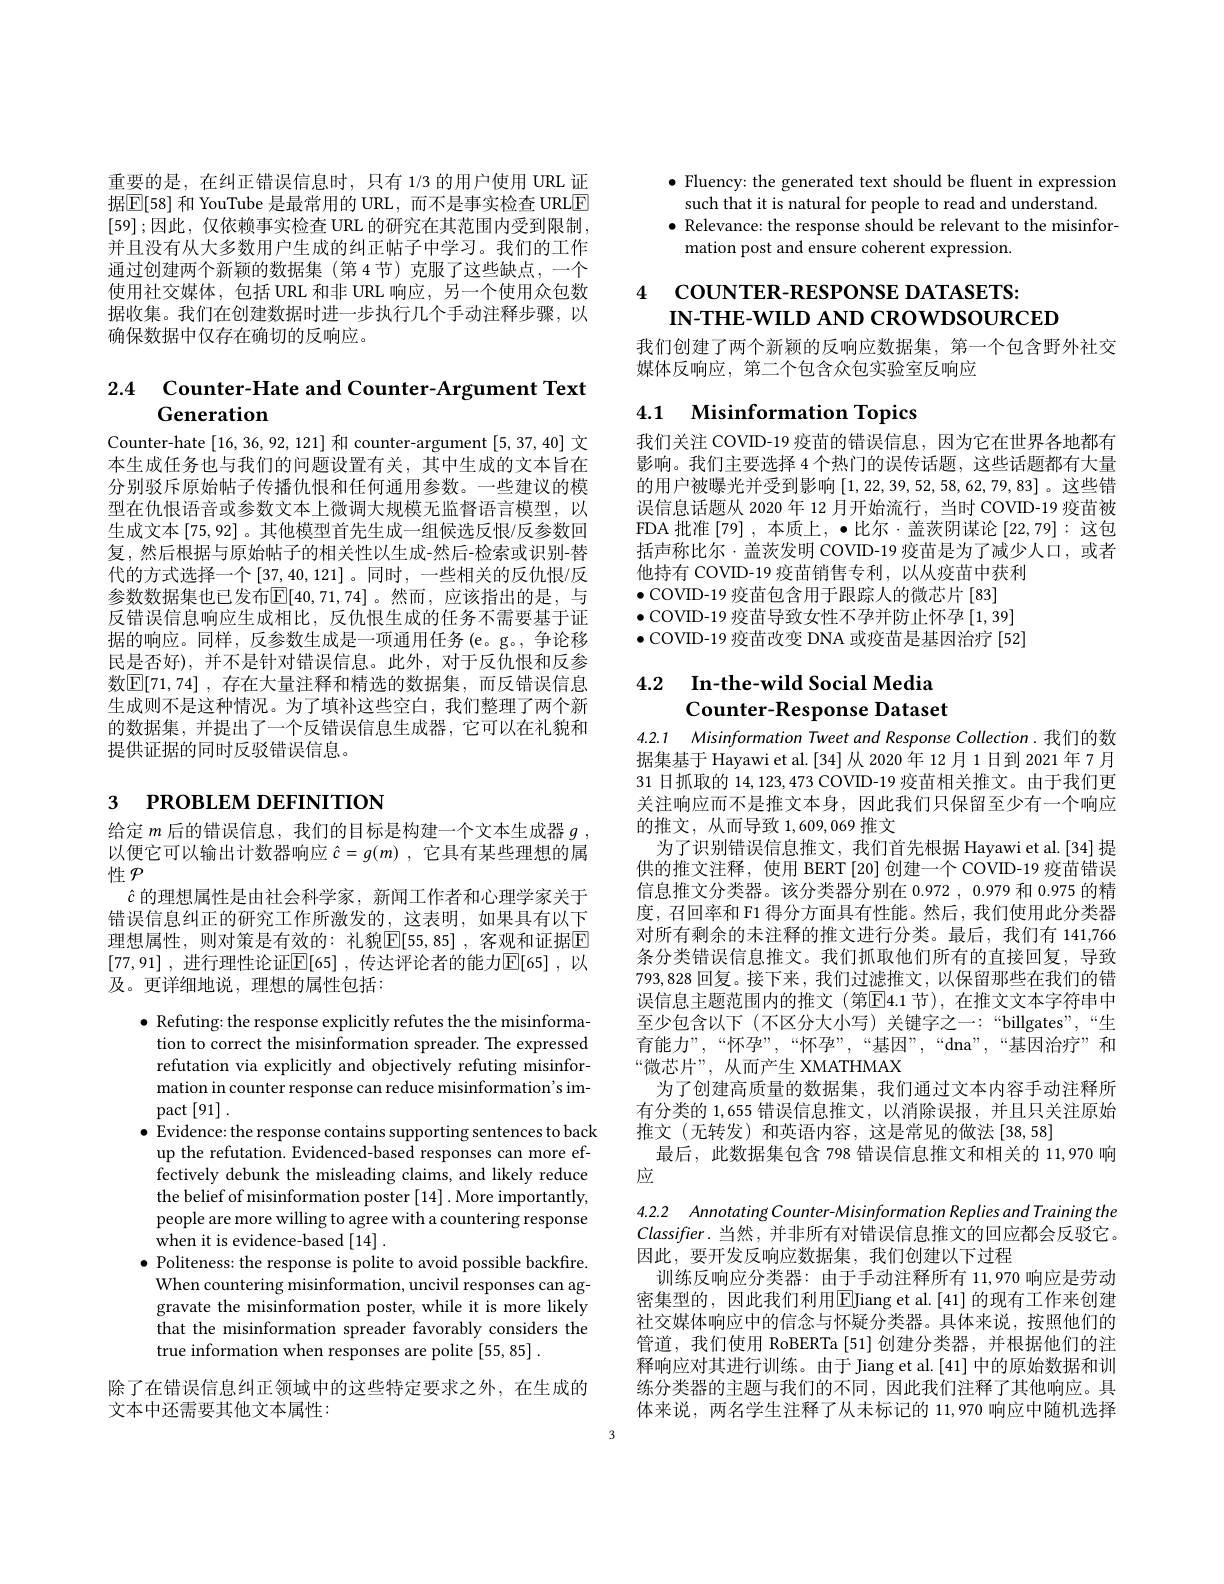
重要的是，在纠正错误信息时，只有 1/3 的用户使用 URL 证据$\boxed{\mathbb{E}[58]\text{ 和 YouTube 是最常用的 URL, 而不是事实检查 URLE}}$ [59];因此，仅依赖事实检查 URL 的研究在其范围内受到限制， 并且没有从大多数用户生成的纠正帖子中学习。我们的工作通过创建两个新颖的数据集(第 4 节)克服了这些缺点，一个使用社交媒体，包括 URL 和非 URL 响应，另一个使用众包数据收集。我们在创建数据时进一步执行几个手动注释步骤，以确保数据中仅存在确切的反响应。

# 2.4 $\textbf{Counter- Hate and Counter- Argument Text}$ Generation

Counter-hate [16,36,92,121]和 counter-argument [5,37,40]文本生成任务也与我们的问题设置有关，其中生成的文本旨在分别驳斥原始帖子传播仇恨和任何通用参数。一些建议的模型在仇恨语音或参数文本上微调大规模无监督语言模型，以生成文本[75,92]。其他模型首先生成一组候选反恨/反参数回复，然后根据与原始帖子的相关性以生成-然后-检索或识别-替代的方式选择一个[37,40,121]。同时，一些相关的反仇恨/反参数数据集也已发布$\mathbb{E}[40,71,74]$。然而，应该指出的是，与反错误信息响应生成相比，反仇恨生成的任务不需要基于证据的响应。同样，反参数生成是一项通用任务(e。g。, 争论移民是否好),并不是针对错误信息。此外，对于反仇恨和反参数$\mathbb{E} [ 71, 74]$ , 存在大量注释和精选的数据集，而反错误信息生成则不是这种情况。为了填补这些空白，我们整理了两个新的数据集，并提出了一个反错误信息生成器，它可以在礼貌和提供证据的同时反驳错误信息。

# 3 PROBLEM DEFINITION

给定$m$后的错误信息，我们的目标是构建一个文本生成器$g$ , 以便它可以输出计数器响应$\hat{c} = g( m)$ , 它具有某些理想的属性$\mathcal{P}$
$\hat{c}$的理想属性是由社会科学家，新闻工作者和心理学家关于错误信息纠正的研究工作所激发的，这表明，如果具有以下理想属性，则对策是有效的：礼貌$\boxed[55,85]$,客观和证据$\boxed{\mathrm{E}}$ [77,91] , 进行理性论证$\boxed{\mathrm{E} }[ 65]$ , 传达评论者的能力$\boxed{\mathrm{E} }[ 65]$ ,以及。更详细地说，理想的属性包括：

$\bullet$ Refuting: the response explicitly refutes the the misinformation to correct the misinformation spreader. The expressed refutation via explicitly and objectively refuting misinformation in counter response can reduce misinformation's im- $\operatorname{pact}\left[91\right].$
$\bullet$ Evidence: the response contains supporting sentences to back
up the refutation. Evidenced-based responses can more effectively debunk the misleading claims, and likely reduce the belief of misinformation poster [14] . More importantly, people are more willing to agree with a countering response when it is evidence-based [14].
$\bullet$ Politeness: the response is polite to avoid possible backfire. When countering misinformation, uncivil responses can aggravate the misinformation poster,while it is more likely that the misinformation spreader favorably considers the true information when responses are polite [55,85] .

除了在错误信息纠正领域中的这些特定要求之外，在生成的

文本中还需要其他文本属性：

$\bullet$ Fluency: the generated text should be fluent in expression
such that it is natural for people to read and understand.
$\bullet$ Relevance: the response should be relevant to the misinfor-
mation post and ensure coherent expression.

# 4 couNTER- RESPONSEDATASETS: IN-THE-WILD AND CROWDSOURCED

我们创建了两个新颖的反响应数据集，第一个包含野外社交
媒体反响应，第二个包含众包实验室反响应

# 4.1 Misinformation Topics

我们关注 COVID-19 疫苗的错误信息，因为它在世界各地都有影响。我们主要选择 4 个热门的误传话题，这些话题都有大量的用户被曝光并受到影响$\left[1,22,39,52,58,62,79,83\right]$。这些错误信息话题从 2020 年 12 月开始流行，当时 COVID-19 疫苗被FDA 批准 [79] ,本质上，·比尔·盖茨阴谋论[22,79]:这包括声称比尔·盖茨发明 COVID-19 疫苗是为了减少人口，或者他持有 COVID-19 疫苗销售专利，以从疫苗中获利
$\bullet$ COVID-19 疫苗包含用于跟踪人的微芯片[83]
$\bullet$ COVID-19 疫苗导致女性不孕并防止怀孕[1,39] $\bullet$ COVID-19 疫苗改变 DNA 或疫苗是基因治疗[52]

## 4.2 $\textbf{In- the- wild Social Media}$ Counter-Response Dataset

4.2.1 Misinformation Tweet and Response Collection. 我们的数据集基于 Hayawi et al.[34]从 2020 年 12月 1日到 2021 年 7月31 日抓取的 14, 123, 473 COVID-19 疫苗相关推文。由于我们更关注响应而不是推文本身，因此我们只保留至少有一个响应的推文，从而导致1，609,069推文
为了识别错误信息推文，我们首先根据 Hayawi et al.[34] 提供的推文注释，使用 BERT[20] 创建一个 COVID-19 疫苗错误信息推文分类器。该分类器分别在 0.972 , 0.979 和 0.975 的精度，召回率和 F1 得分方面具有性能。然后，我们使用此分类器对所有剩余的未注释的推文进行分类。最后，我们有 141,766条分类错误信息推文。我们抓取他们所有的直接回复，导致793,828回复。接下来，我们过滤推文，以保留那些在我们的错误信息主题范围内的推文(第$\mathbb{E}$4.1节),在推文文本字符串中至少包含以下(不区分大小写)关键字之一：“billgates”,“生育能力”,“怀孕”,“怀孕”,“基因”,“dna”,“基因治疗”和“微芯片”,从而产生 XMATHMAX
为了创建高质量的数据集，我们通过文本内容手动注释所有分类的1，655错误信息推文，以消除误报，并且只关注原始推文(无转发)和英语内容，这是常见的做法[38,58]
最后，此数据集包含 798 错误信息推文和相关的 11,970 响
应

4.2.2 Annotating Counter-Misinformation Replies and Training the $Classifier.$当然，并非所有对错误信息推文的回应都会反驳它。因此，要开发反响应数据集，我们创建以下过程
训练反响应分类器：由于手动注释所有 11,970 响应是劳动密集型的，因此我们利用$\boxed{\mathrm{E}}$Jiang et al.[41] 的现有工作来创建社交媒体响应中的信念与怀疑分类器。具体来说，按照他们的管道，我们使用 RoBERTa[51]创建分类器，并根据他们的注释响应对其进行训练。由于 Jiang et al.[41] 中的原始数据和训练分类器的主题与我们的不同，因此我们注释了其他响应。具体来说，两名学生注释了从未标记的 11,970 响应中随机选择

3